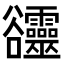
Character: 𧯙